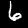
Digit: 6